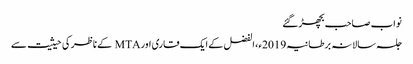
نواب صاحب بچھڑ گئے
جلسہ سالانہ برطانیہ 2019ء، الفضل کے ایک قاری اور MTA کے ناظر کی حیثیت سے